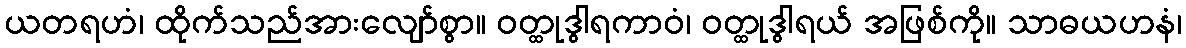
ယတရဟံ၊ ထိုက်သည်အားလျော်စွာ။ ဝတ္ထုဒွါရကာဝံ၊ ဝတ္ထုဒွါရယ် အဖြစ်ကို။ သာဓယဟနံ၊